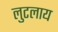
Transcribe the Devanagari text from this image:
लुटलाय